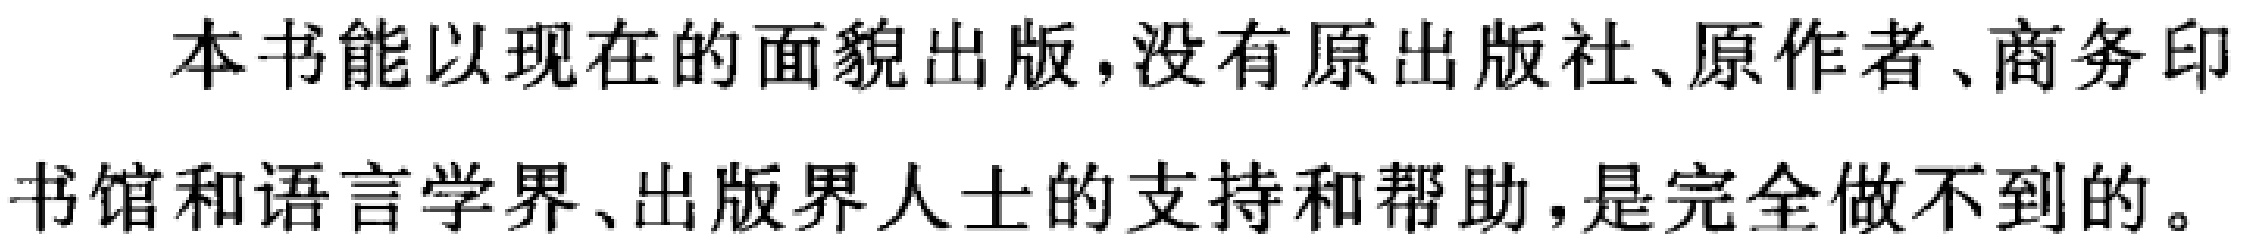
本书能以现在的面貌出版,没有原出版社、原作者、商务印书馆和语言学界、出版界人士的支持和帮助,是完全做不到的。